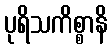
ပုရိသကိစ္စာနိ